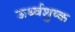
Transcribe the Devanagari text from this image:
ऊर्ध्वशुष्क